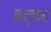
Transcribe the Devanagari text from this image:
बच्कर